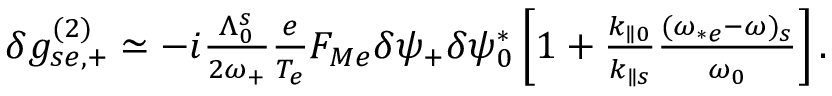
\begin{array} { r } { \delta g _ { s e , + } ^ { ( 2 ) } \simeq - i \frac { \Lambda _ { 0 } ^ { s } } { 2 \omega _ { + } } \frac { e } { T _ { e } } F _ { M e } \delta \psi _ { + } \delta \psi _ { 0 } ^ { * } \left[ 1 + \frac { k _ { \parallel 0 } } { k _ { \parallel s } } \frac { ( \omega _ { * e } - \omega ) _ { s } } { \omega _ { 0 } } \right] . } \end{array}